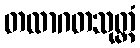
တထာဂတသုတ္တံ